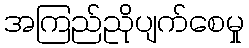
အကြည်ညိုပျက်စေမှု